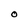
Character: O